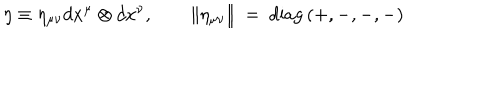
\eta \equiv \eta _ { \mu \nu } d x ^ { \mu } \otimes d x ^ { \nu } , \qquad \| \eta _ { \mu \nu } \| ~ = ~ \mathrm { d i a g } \, ( + , - , - , - )